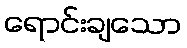
ရောင်းချသော